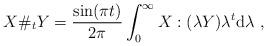
LaTeX: \begin{align*}X\#_tY = \frac{\sin(\pi t)}{2\pi} \int_0^\infty X:(\lambda Y) \lambda^{t} {\rm d}\lambda\ ,\end{align*}